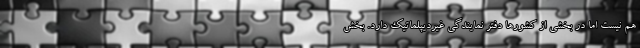
هم نیست اما در بخشی از کشورها دفتر نمایندگی غیردیپلماتیک دارد. بخش